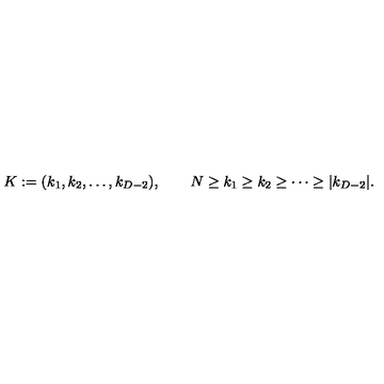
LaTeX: K : = ( k _ { 1 } , k _ { 2 } , \ldots , k _ { D - 2 } ) , \qquad N \geq k _ { 1 } \geq k _ { 2 } \geq \cdots \geq | k _ { D - 2 } | .